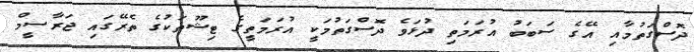
ދޮސްގަތުމާއި އޭގެ ސަބަބު އުރަމަތި ދުޅަވެ ދޮސްގަތުމަކީ އުރަމަތީގެ ޓިޝޫތަކުގެ ތެރޭގައި ޖަރާސީމް